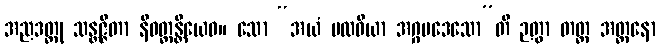
အညဒတ္ထု သန္တဇ္ဇိတာ နိဝတ္တန္တိယေဝ။ သော “အယံ ပထဝိယာ အဂ္ဂပဒေသော”တိ ဉတွာ တတ္ထ အတ္တနော